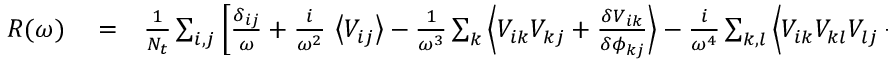
\begin{array} { r l r } { R ( \omega ) } & { { } = } & { \frac { 1 } { N _ { t } } \sum _ { i , j } \left[ \frac { \delta _ { i j } } { \omega } + \frac { i } { \omega ^ { 2 } } \, \left\langle V _ { i j } \right\rangle - \frac { 1 } { \omega ^ { 3 } } \sum _ { k } \left\langle V _ { i k } V _ { k j } + \frac { \delta V _ { i k } } { \delta \phi _ { k j } } \right\rangle - \frac { i } { \omega ^ { 4 } } \sum _ { k , l } \left\langle V _ { i k } V _ { k l } V _ { l j } + V _ { i k } \frac { \delta V _ { k l } } { \delta \phi _ { l j } } + \frac { \delta V _ { i k } } { \delta \phi _ { k l } } V _ { l j } \right\rangle + \cdots \right] _ { \boldsymbol { \phi } = 0 } } \end{array}